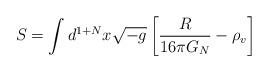
LaTeX: \begin{align*} S=\int d^{1+N}x\sqrt{-g}\left[ \frac{R}{16 \pi G_N}-\rho_v \right]\end{align*}